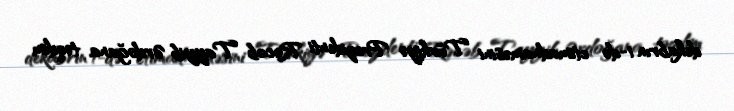
dekabrın 1-də etimadnaməsini Türkiyə Prezidenti Rəcəb Tayyib Ərdoğana təqdim